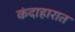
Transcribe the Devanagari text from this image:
कंदाहारात